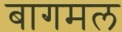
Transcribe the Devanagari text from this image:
बागमल